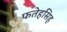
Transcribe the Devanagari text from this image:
फतेहसिह